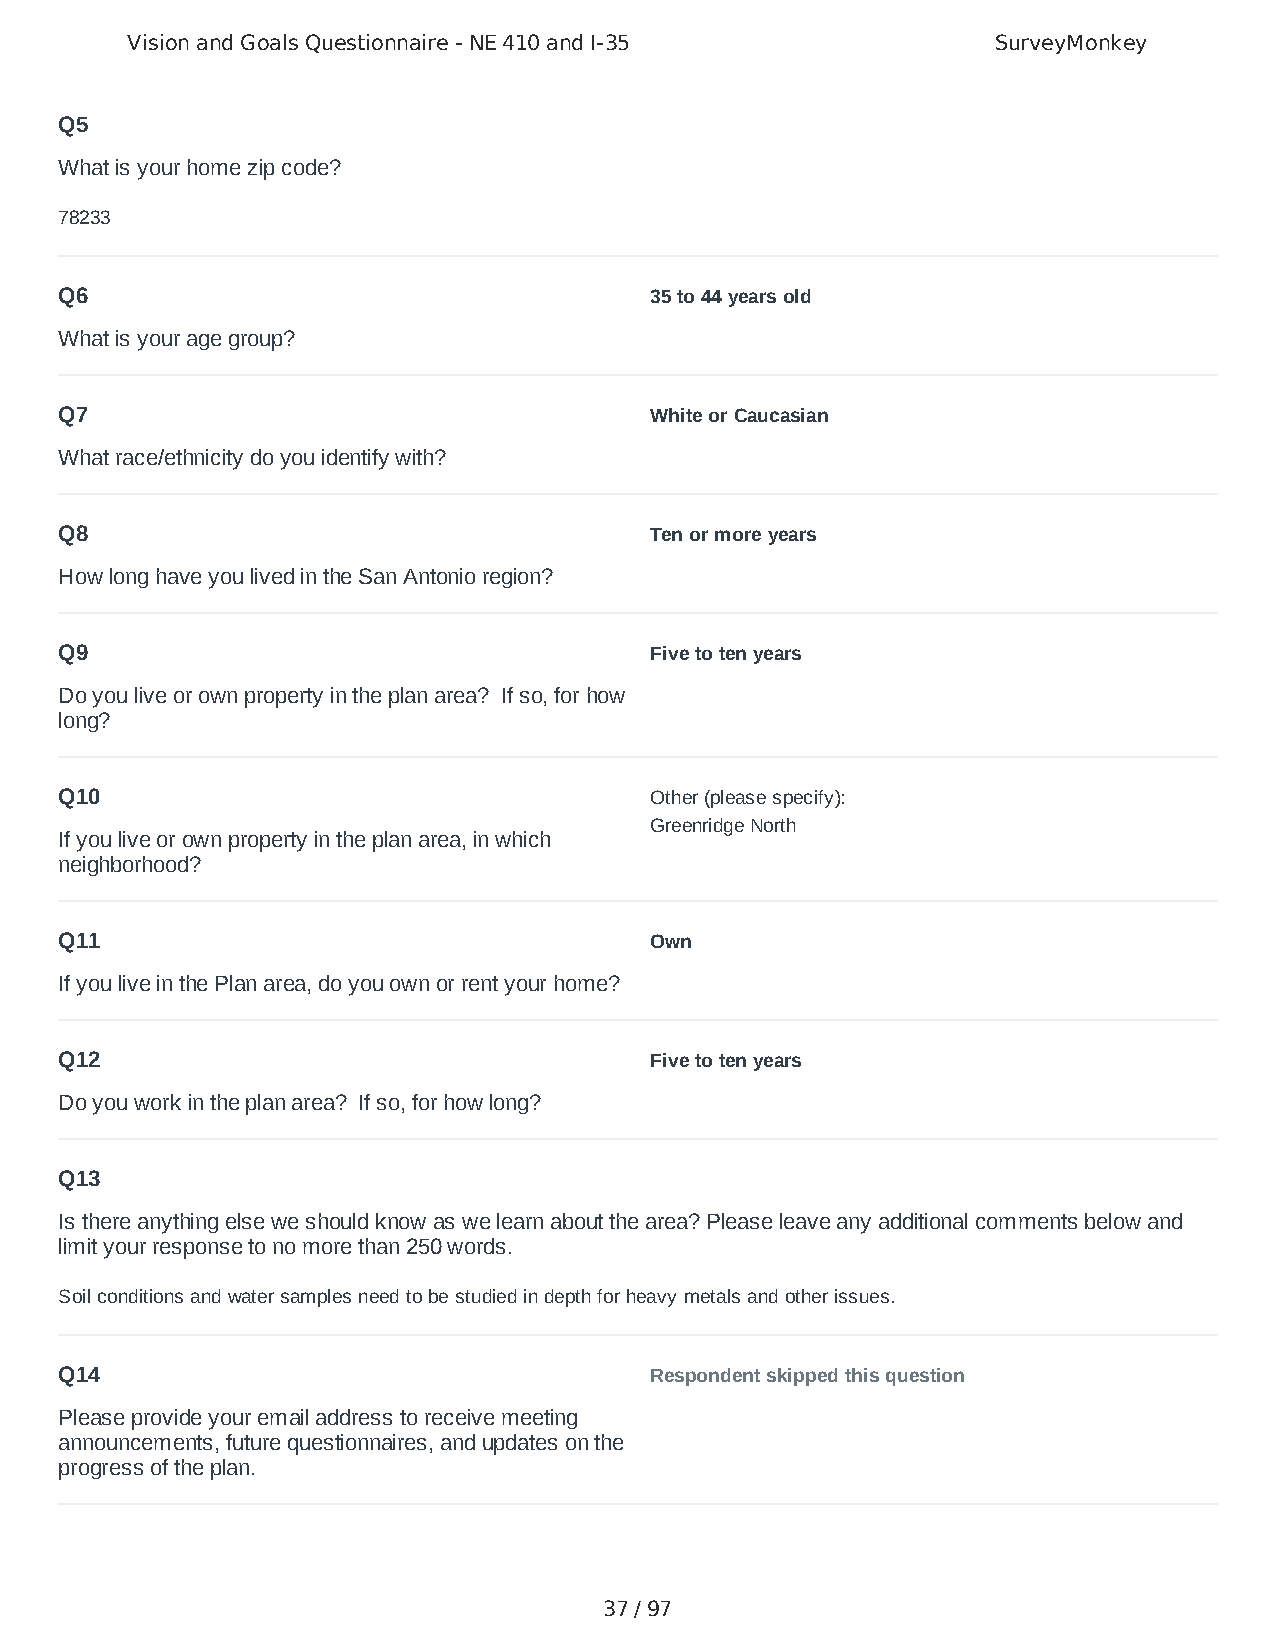
Vision and Goals Questionnaire - NE 410 and I-35          SurveyMonkey
 Q5
 What is your home zip code?
 78233
 Q6                                     35 to 44 years old
 What is your age group?
 Q7                                     White or Caucasian
 What race/ethnicity do you identify with?
 Q8                                     Ten or more years
 How long have you lived in the San Antonio region?
 Q9                                     Five to ten years
 Do you live or own property in the plan area? If so, for how
 long?
 Q10                                    Other (please specify):
 Greenridge North
 If you live or own property in the plan area, in which
 neighborhood?
 Q11                                    Own
 If you live in the Plan area, do you own or rent your home?
 Q12                                    Five to ten years
 Do you work in the plan area? If so, for how long?
 Q13
 Is there anything else we should know as we learn about the area? Please leave any additional comments below and
 limit your response to no more than 250 words.
 Soil conditions and water samples need to be studied in depth for heavy metals and other issues.
 Q14                                    Respondent skipped this question
 Please provide your email address to receive meeting
 announcements, future questionnaires, and updates on the
 progress of the plan.
 37 / 97